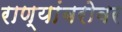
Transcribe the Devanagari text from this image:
राण्यांबरोबर